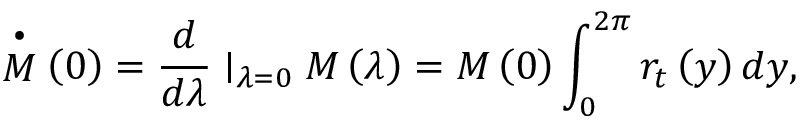
\stackrel { \bullet } { M } \left( 0 \right) = \frac d { d \lambda } \mid _ { \lambda = 0 } M \left( \lambda \right) = M \left( 0 \right) \int _ { 0 } ^ { 2 \pi } r _ { t } \left( y \right) d y ,